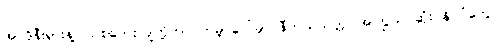
အင်ဒိုနီးရှားနဲ့ ဩစတေးလျတို့ဟာ ကမ္ဘာပေါ်မှာ နီကယ်သတ္တု အကြွယ်ဝဆုံး နိုင်ငံတွေ